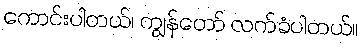
ကောင်းပါတယ်၊ ကျွန်တော် လက်ခံပါတယ်။